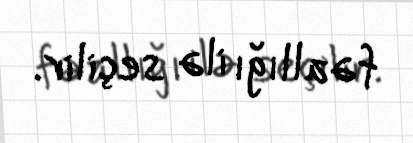
fəallığı ilə seçilir.